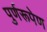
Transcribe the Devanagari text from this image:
पुर्णरूपेण